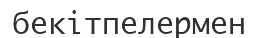
бекітпелермен